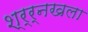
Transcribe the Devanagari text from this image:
श्र्र्नखला